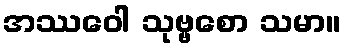
အဿဝေါ သုဗ္ဗစော သမာ။